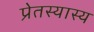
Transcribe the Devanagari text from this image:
प्रेतस्यास्य